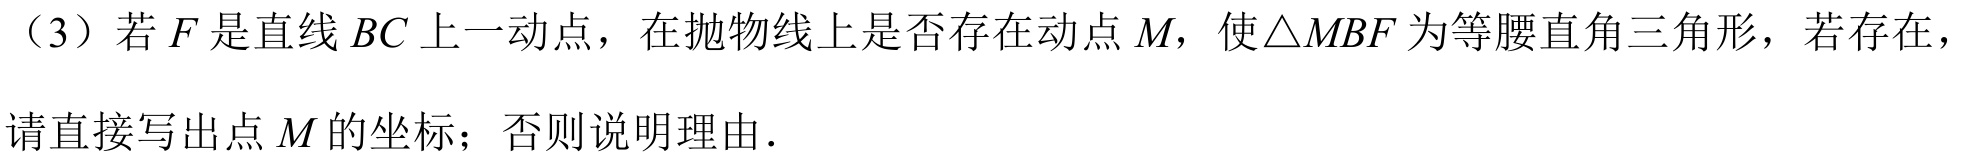
（3）若\(F\)是直线\(BC\)上一动点，在抛物线上是否存在动点\(M\)，使\(\triangle MBF\)为等腰直角三角形，若存在，请直接写出点\(M\)的坐标；否则说明理由．